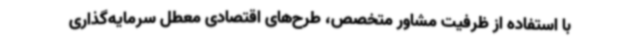
با استفاده از ظرفیت مشاور متخصص، طرح‌های اقتصادی معطل سرمایه‌گذاری